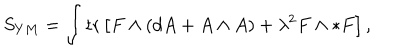
LaTeX: S _ { Y M } = \int \mathrm { t r } \left[ F \wedge ( d A + A \wedge A ) + \lambda ^ { 2 } F \wedge * F \right] , \label l